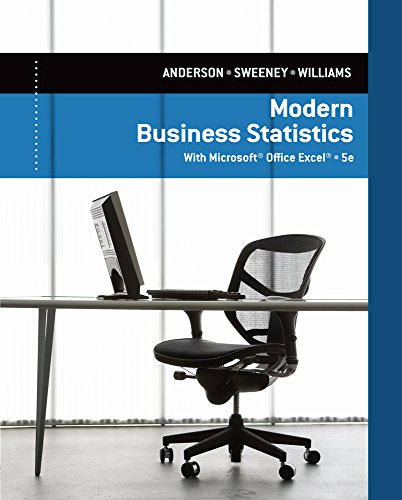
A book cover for Modern Business Statistics with Microsoft Excel; David R. Anderson; Business & Money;